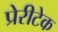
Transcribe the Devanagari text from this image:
प्रेरीटेक